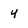
Character: 4